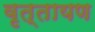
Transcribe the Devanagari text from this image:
वृत्तायण